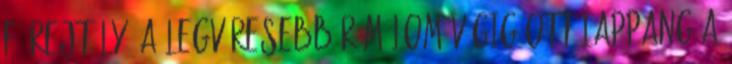
fő rejtély, a legvéresebb rémálom végig ott lappang a